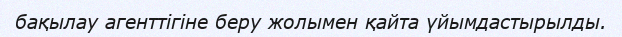
бақылау агенттігіне беру жолымен қайта үйымдастырылды.